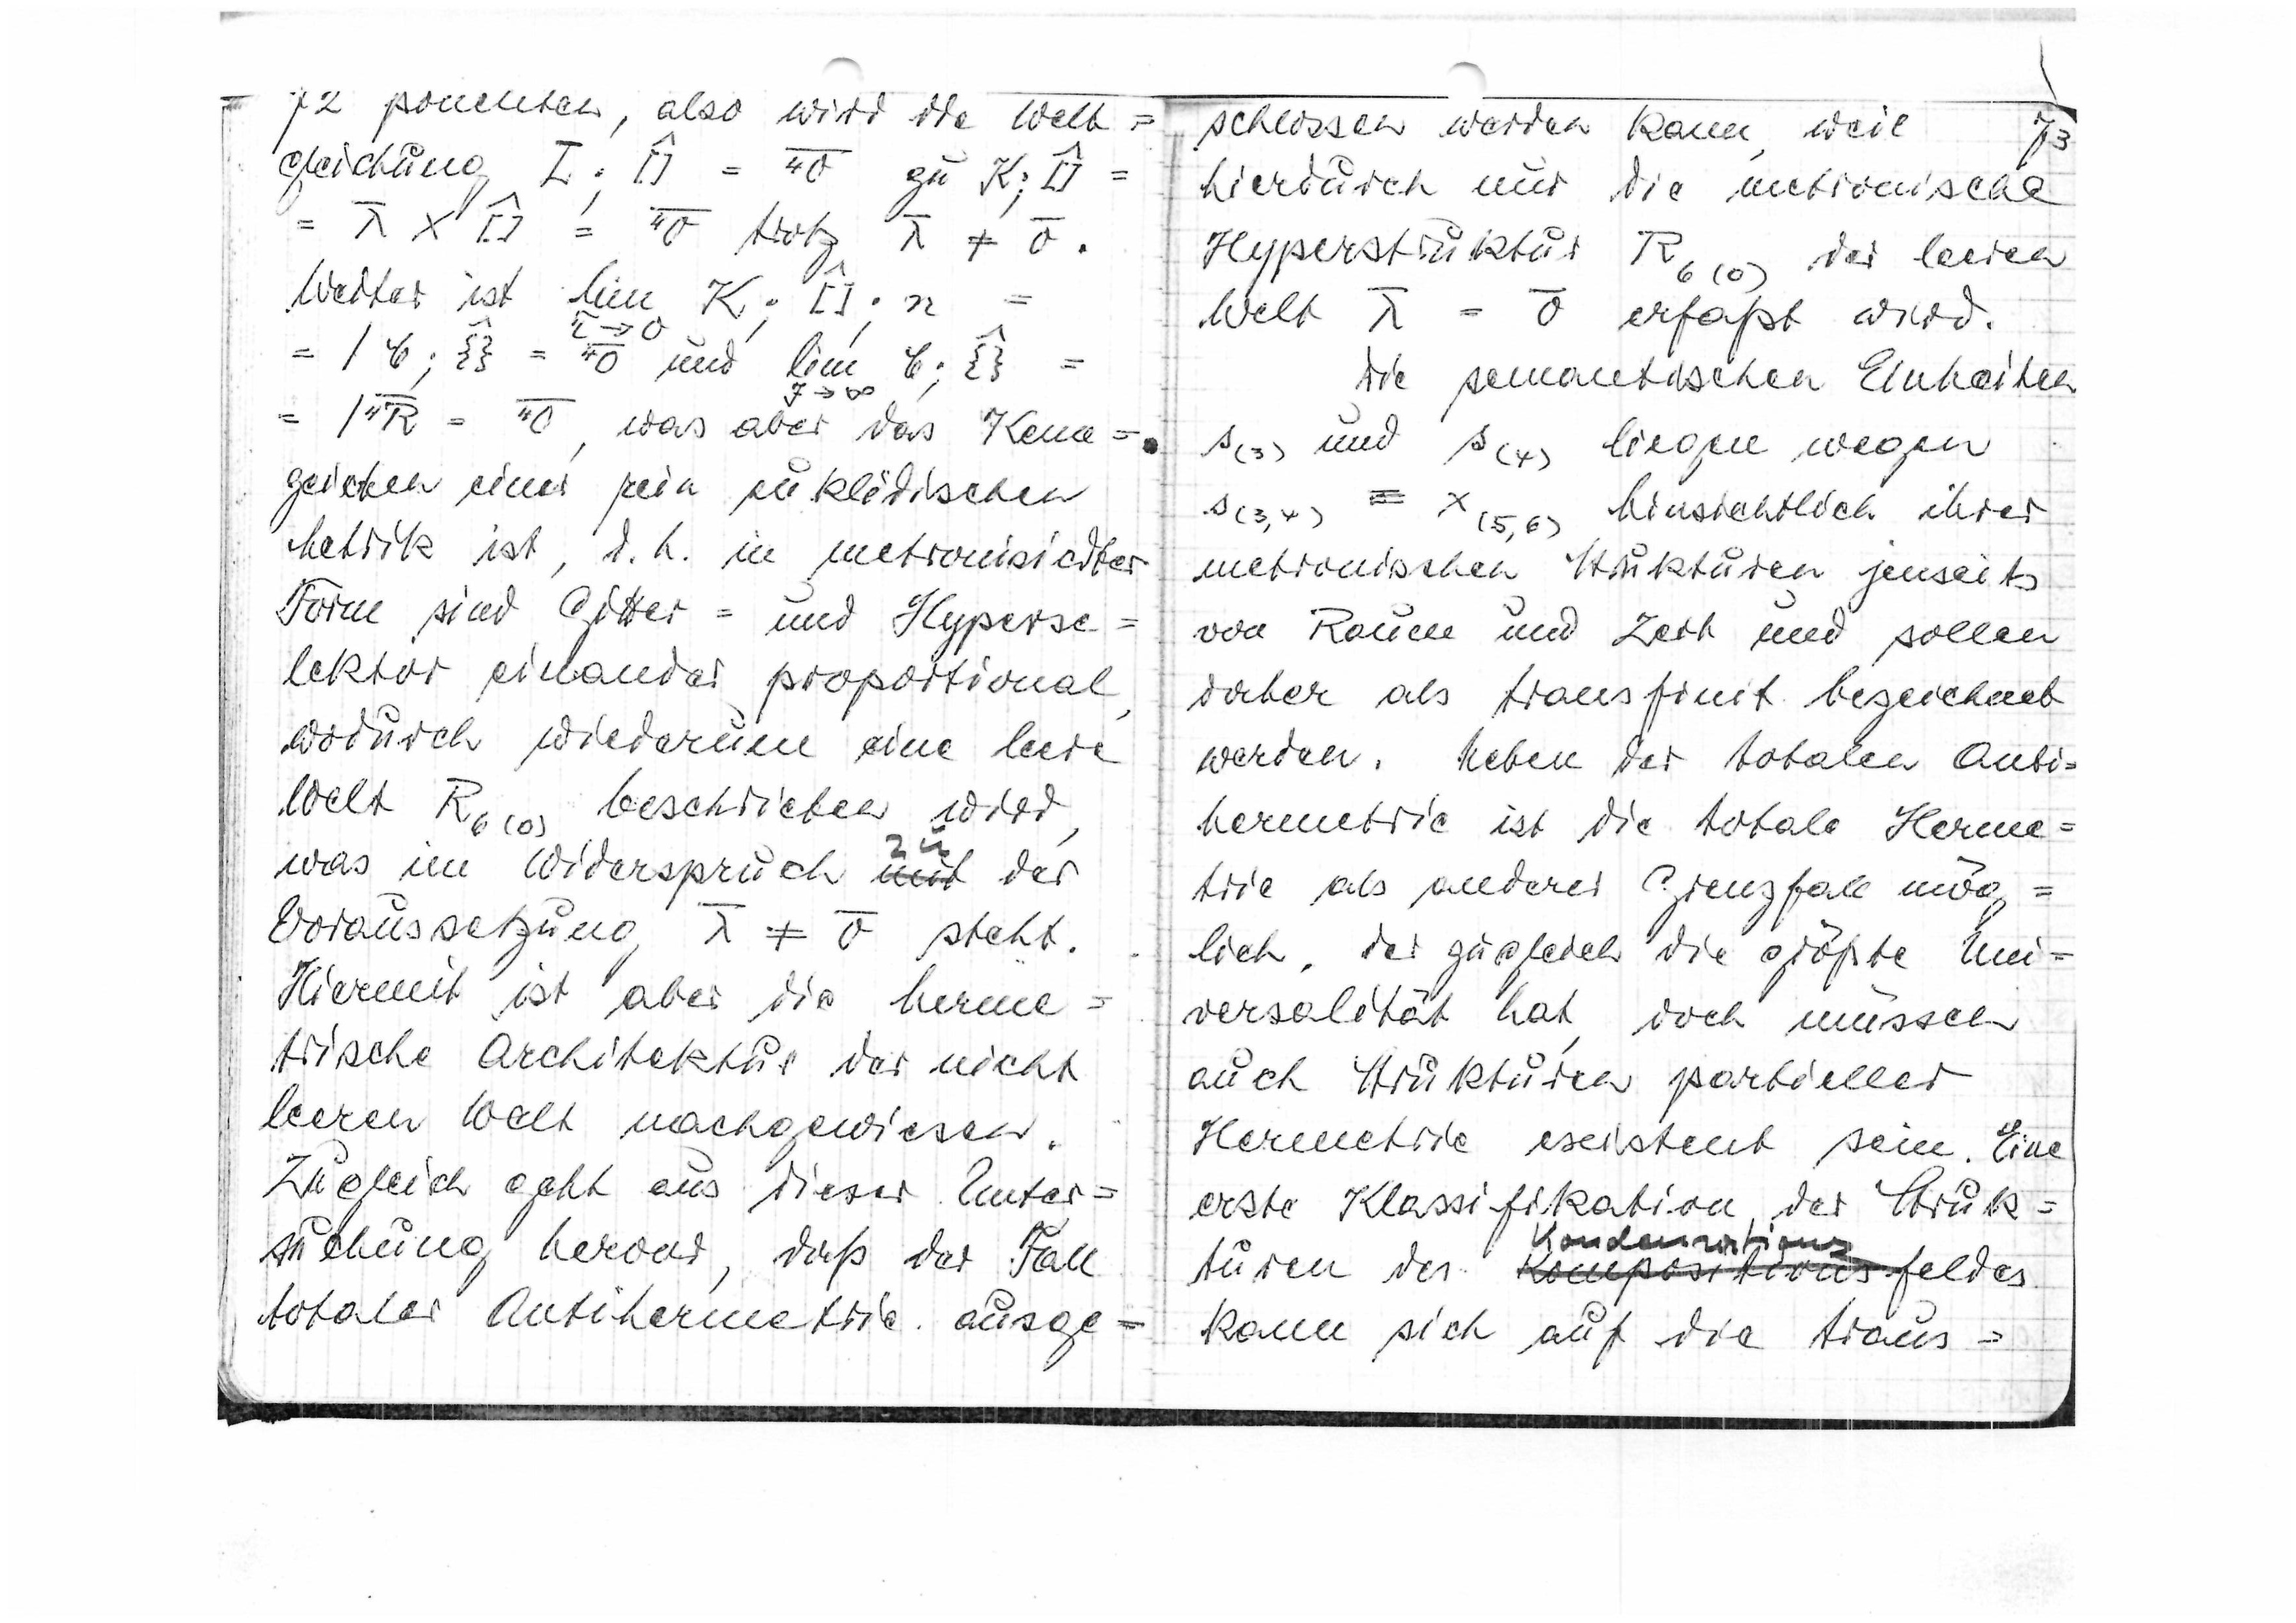
72
ponenten, also wird die Welt=
gleichung

trotz

Weiter ist lim K;

und lim

∞

was aber das Kenn=
zeichen einer rein euklidischen
Metrik ist, d.h. ein metronischer
Form sind Gitter= und Hyperse
lektor einander proportional,
wodurch wiederum eine leere
Welt R6(0) beschrieben wird,
was im Widerspruch
mit
der
Voraussetzung

steht.
Hiermit ist aber die herme=
trische Architektur der nicht
leeren Welt nachgewiesen.
Zugleich geht aus dieser Unter=
suchung hervor, daß der Fall
totaler Antihermetrie ausge=

schlossen werden kann, weil
73
hierdurch nur die metronische
Hyperstruktur R6(0) der leeren

Welt
erfaßt wird
Die semantischen Einheiten
s(3) und s(4) legen wegen
s(3,4) ≡ x(5,6) hinsichtlich ihrer
metronischen Strukturen jenseits
von Raum und Zeit und sollen
daher als transfinit bezeichnet
werden. Neben der totalen Anti=
hermetrie ist die totale Herm=
trie als anderer Grenzfall mög=
lich, der zugleich die größte Uni=
versalität hat, doch müssen
auch Strukturen partieller
Hermetrie existent sein. Eine
erste Klassifikation der Struk=
Kondensations
turen des
Kompositions
feldes
kann sich auf die trans=